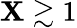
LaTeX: \mathbf{X}\gtrsim1